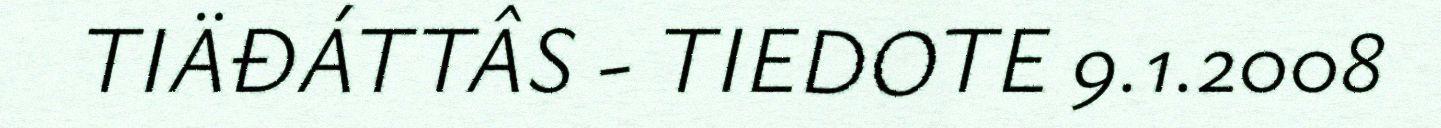
TIÄĐÁTTÂS - TIEDOTE 9.1.2008